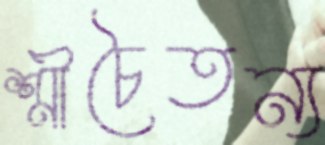
শ্রীচৈতন্য